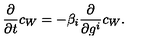
{ \frac { \partial } { \partial t } } c _ { W } = - \beta _ { i } { \frac { \partial } { \partial g ^ { i } } } c _ { W } .